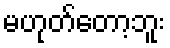
မဟုတ်တော့ဘူး